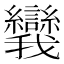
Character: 𪭗